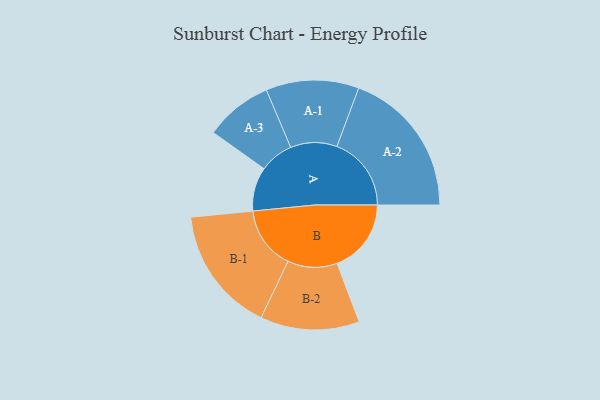
{"axis": {"x": "Segment", "y": "Value"}, "legend": ["", "A", "B"], "data": [{"x": "A", "y": 157, "type": ""}, {"x": "B", "y": 265, "type": ""}, {"x": "A-1", "y": 166, "type": "A"}, {"x": "A-2", "y": 266, "type": "A"}, {"x": "A-3", "y": 121, "type": "A"}, {"x": "B-1", "y": 225, "type": "B"}, {"x": "B-2", "y": 177, "type": "B"}]}